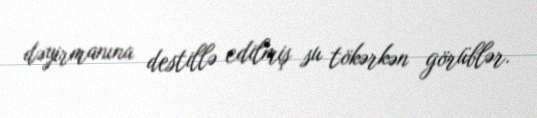
dəyirmanına destillə edilmiş su tökərkən görüblər.